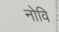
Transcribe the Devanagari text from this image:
नोवि